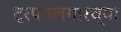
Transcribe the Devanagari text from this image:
ट्रफालगारच्या